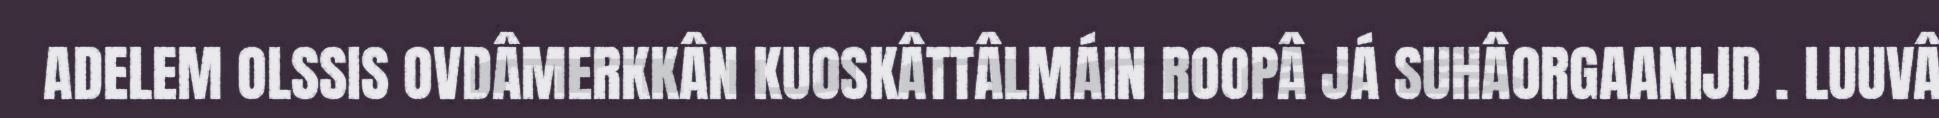
ADELEM OLSSIS OVDÂMERKKÂN KUOSKÂTTÂLMÁIN ROOPÂ JÁ SUHÂORGAANIJD . LUUVÂ